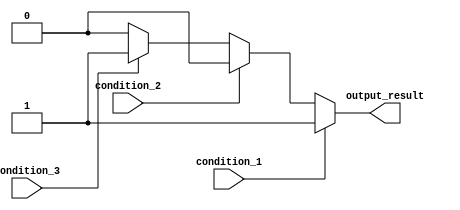
module if_else_ladder (
    input wire condition_1,
    input wire condition_2,
    input wire condition_3,
    output reg output_result
);

always @* begin
    if (condition_1) begin
        // block of code to be executed if condition_1 is true
        output_result = 1;
    end
    else if (condition_2) begin
        // block of code to be executed if condition_2 is true
        output_result = 2;
    end
    else if (condition_3) begin
        // block of code to be executed if condition_3 is true
        output_result = 3;
    end
    else begin
        // default action if none of the conditions are true
        output_result = 0;
    end
end

endmodule